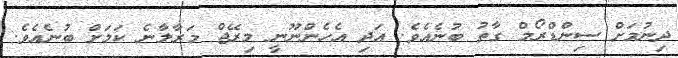
ދިނުމަށް ސިންޑްރޯމް ގާތު ބުނެއެވެ. އަދި އެހެންނޫނީ މިރޭޖް މަރާލާނެ ކަމަށް ބުނެއެވެ.